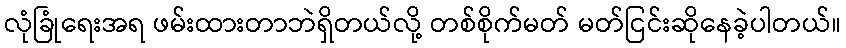
လုံခြုံရေးအရ ဖမ်းထားတာဘဲရှိတယ်လို့ တစ်စိုက်မတ် မတ်ငြင်းဆိုနေခဲ့ပါတယ်။